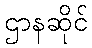
ဌာနဆိုင်